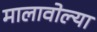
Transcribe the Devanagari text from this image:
मालावोल्या